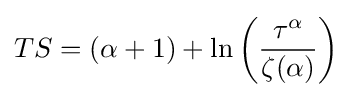
TS=(\alpha +1)+\ln \left({\frac {\tau ^{\alpha }}{\zeta (\alpha )}}\right)